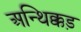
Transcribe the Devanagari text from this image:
अन्थिक्कड़